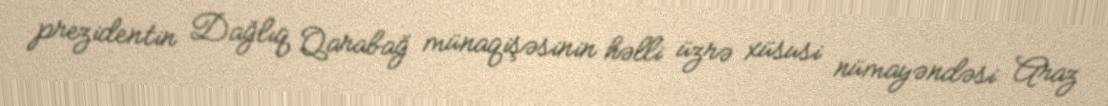
prezidentin Dağlıq Qarabağ münaqişəsinin həlli üzrə xüsusi nümayəndəsi Araz